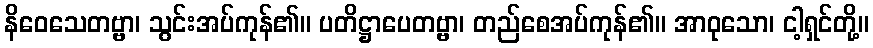
နိဝေသေတဗ္ဗာ၊ သွင်းအပ်ကုန်၏။ ပတိဋ္ဌာပေတဗ္ဗာ၊ တည်စေအပ်ကုန်၏။ အာဝုသော၊ ငါ့ရှင်တို့။